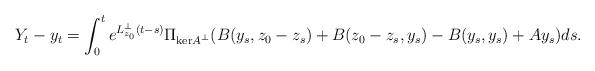
LaTeX: \begin{align*} Y_t - y_t = \int_0^t e^{L_{z_0}^\perp(t-s)}\Pi_{\mathrm{ker}A^\perp}(B(y_s,z_0-z_s) + B(z_0-z_s,y_s) - B(y_s,y_s) + Ay_s)ds.\end{align*}